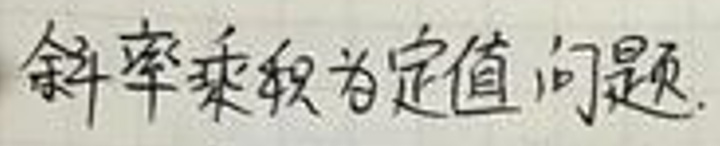
斜率趋近为定值问题.